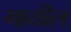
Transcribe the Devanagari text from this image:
गायील